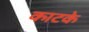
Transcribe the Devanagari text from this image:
काटके